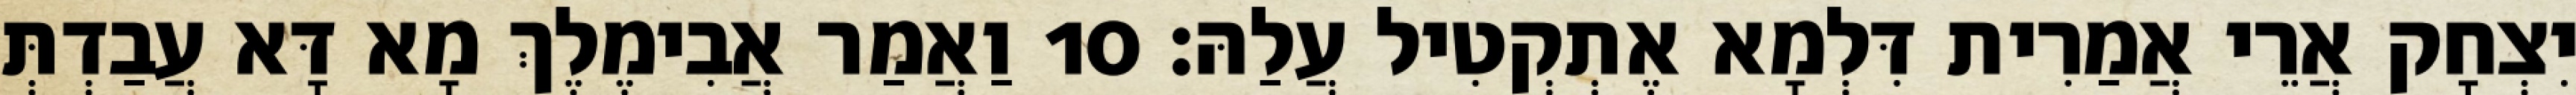
יִצְחָק אֲרֵי אֲמַרִית דִּלְמָא אֶתְקְטִיל עֲלַהּ׃ 10 וַאֲמַר אֲבִימֶלֶךְ מָא דָּא עֲבַדְתְּ